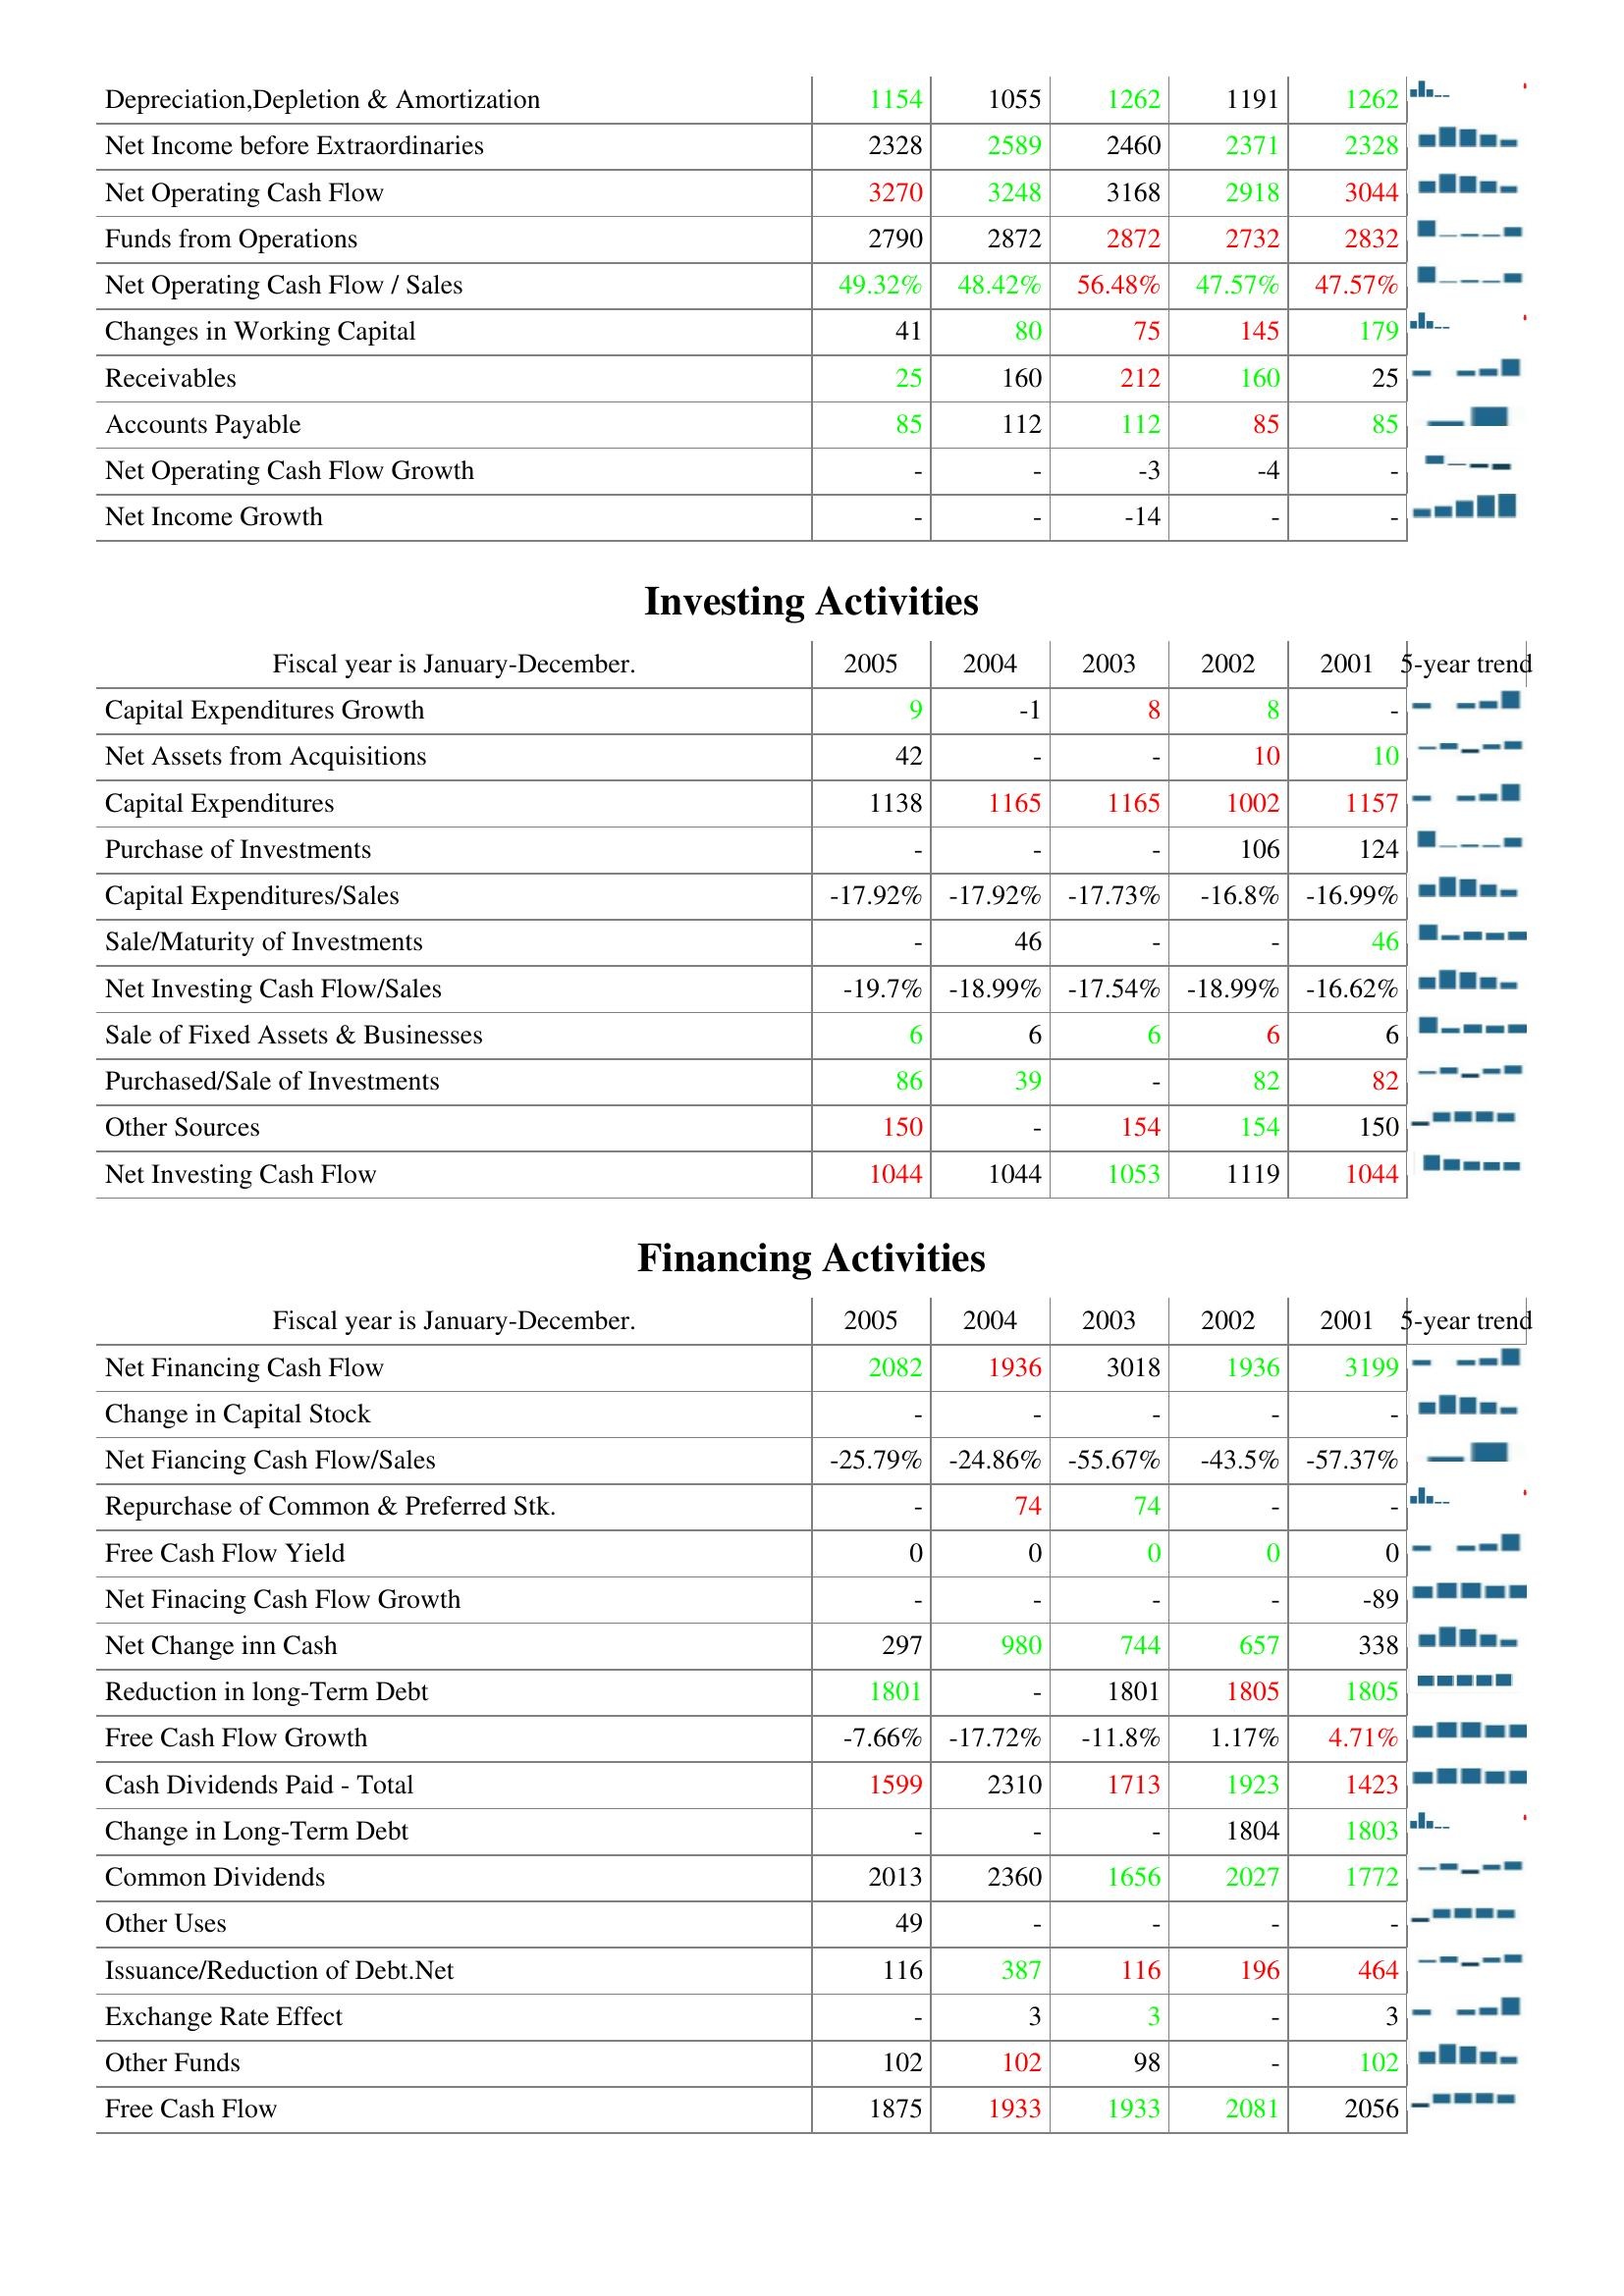
2005: Operating Activities: Depreciation,Depletion & Amortization: 1154
Net Income before Extraordinaries: 2328
Net Operating Cash Flow: 3270
Funds from Operations: 2790
Net Operating Cash Flow / Sales: 49.32%
Changes in Working Capital: 41
Receivables: 25
Accounts Payable: 85
Net Operating Cash Flow Growth: -
Net Income Growth: -
Investing Activities: Capital Expenditures Growth: 9
Net Assets from Acquisitions: 42
Capital Expenditures: 1138
Purchase of Investments: -
Capital Expenditures/Sales: -17.92%
Sale/Maturity of Investments: -
Net Investing Cash Flow/Sales: -19.7%
Sale of Fixed Assets & Businesses: 6
Purchased/Sale of Investments: 86
Other Sources: 150
Net Investing Cash Flow: 1044
Financing Activities: Net Financing Cash Flow: 2082
Change in Capital Stock: -
Net Fiancing Cash Flow/Sales: -25.79%
Repurchase of Common & Preferred Stk.: -
Free Cash Flow Yield: 0
Net Finacing Cash Flow Growth: -
Net Change inn Cash: 297
Reduction in long-Term Debt: 1801
Free Cash Flow Growth: -7.66%
Cash Dividends Paid - Total: 1599
Change in Long-Term Debt: -
Common Dividends: 2013
Other Uses: 49
Issuance/Reduction of Debt.Net: 116
Exchange Rate Effect: -
Other Funds: 102
Free Cash Flow: 1875
2004: Operating Activities: Depreciation,Depletion & Amortization: 1055
Net Income before Extraordinaries: 2589
Net Operating Cash Flow: 3248
Funds from Operations: 2872
Net Operating Cash Flow / Sales: 48.42%
Changes in Working Capital: 80
Receivables: 160
Accounts Payable: 112
Net Operating Cash Flow Growth: -
Net Income Growth: -
Investing Activities: Capital Expenditures Growth: -1
Net Assets from Acquisitions: -
Capital Expenditures: 1165
Purchase of Investments: -
Capital Expenditures/Sales: -17.92%
Sale/Maturity of Investments: 46
Net Investing Cash Flow/Sales: -18.99%
Sale of Fixed Assets & Businesses: 6
Purchased/Sale of Investments: 39
Other Sources: -
Net Investing Cash Flow: 1044
Financing Activities: Net Financing Cash Flow: 1936
Change in Capital Stock: -
Net Fiancing Cash Flow/Sales: -24.86%
Repurchase of Common & Preferred Stk.: 74
Free Cash Flow Yield: 0
Net Finacing Cash Flow Growth: -
Net Change inn Cash: 980
Reduction in long-Term Debt: -
Free Cash Flow Growth: -17.72%
Cash Dividends Paid - Total: 2310
Change in Long-Term Debt: -
Common Dividends: 2360
Other Uses: -
Issuance/Reduction of Debt.Net: 387
Exchange Rate Effect: 3
Other Funds: 102
Free Cash Flow: 1933
2003: Operating Activities: Depreciation,Depletion & Amortization: 1262
Net Income before Extraordinaries: 2460
Net Operating Cash Flow: 3168
Funds from Operations: 2872
Net Operating Cash Flow / Sales: 56.48%
Changes in Working Capital: 75
Receivables: 212
Accounts Payable: 112
Net Operating Cash Flow Growth: -3
Net Income Growth: -14
Investing Activities: Capital Expenditures Growth: 8
Net Assets from Acquisitions: -
Capital Expenditures: 1165
Purchase of Investments: -
Capital Expenditures/Sales: -17.73%
Sale/Maturity of Investments: -
Net Investing Cash Flow/Sales: -17.54%
Sale of Fixed Assets & Businesses: 6
Purchased/Sale of Investments: -
Other Sources: 154
Net Investing Cash Flow: 1053
Financing Activities: Net Financing Cash Flow: 3018
Change in Capital Stock: -
Net Fiancing Cash Flow/Sales: -55.67%
Repurchase of Common & Preferred Stk.: 74
Free Cash Flow Yield: 0
Net Finacing Cash Flow Growth: -
Net Change inn Cash: 744
Reduction in long-Term Debt: 1801
Free Cash Flow Growth: -11.8%
Cash Dividends Paid - Total: 1713
Change in Long-Term Debt: -
Common Dividends: 1656
Other Uses: -
Issuance/Reduction of Debt.Net: 116
Exchange Rate Effect: 3
Other Funds: 98
Free Cash Flow: 1933
2002: Operating Activities: Depreciation,Depletion & Amortization: 1191
Net Income before Extraordinaries: 2371
Net Operating Cash Flow: 2918
Funds from Operations: 2732
Net Operating Cash Flow / Sales: 47.57%
Changes in Working Capital: 145
Receivables: 160
Accounts Payable: 85
Net Operating Cash Flow Growth: -4
Net Income Growth: -
Investing Activities: Capital Expenditures Growth: 8
Net Assets from Acquisitions: 10
Capital Expenditures: 1002
Purchase of Investments: 106
Capital Expenditures/Sales: -16.8%
Sale/Maturity of Investments: -
Net Investing Cash Flow/Sales: -18.99%
Sale of Fixed Assets & Businesses: 6
Purchased/Sale of Investments: 82
Other Sources: 154
Net Investing Cash Flow: 1119
Financing Activities: Net Financing Cash Flow: 1936
Change in Capital Stock: -
Net Fiancing Cash Flow/Sales: -43.5%
Repurchase of Common & Preferred Stk.: -
Free Cash Flow Yield: 0
Net Finacing Cash Flow Growth: -
Net Change inn Cash: 657
Reduction in long-Term Debt: 1805
Free Cash Flow Growth: 1.17%
Cash Dividends Paid - Total: 1923
Change in Long-Term Debt: 1804
Common Dividends: 2027
Other Uses: -
Issuance/Reduction of Debt.Net: 196
Exchange Rate Effect: -
Other Funds: -
Free Cash Flow: 2081
2001: Operating Activities: Depreciation,Depletion & Amortization: 1262
Net Income before Extraordinaries: 2328
Net Operating Cash Flow: 3044
Funds from Operations: 2832
Net Operating Cash Flow / Sales: 47.57%
Changes in Working Capital: 179
Receivables: 25
Accounts Payable: 85
Net Operating Cash Flow Growth: -
Net Income Growth: -
Investing Activities: Capital Expenditures Growth: -
Net Assets from Acquisitions: 10
Capital Expenditures: 1157
Purchase of Investments: 124
Capital Expenditures/Sales: -16.99%
Sale/Maturity of Investments: 46
Net Investing Cash Flow/Sales: -16.62%
Sale of Fixed Assets & Businesses: 6
Purchased/Sale of Investments: 82
Other Sources: 150
Net Investing Cash Flow: 1044
Financing Activities: Net Financing Cash Flow: 3199
Change in Capital Stock: -
Net Fiancing Cash Flow/Sales: -57.37%
Repurchase of Common & Preferred Stk.: -
Free Cash Flow Yield: 0
Net Finacing Cash Flow Growth: -89
Net Change inn Cash: 338
Reduction in long-Term Debt: 1805
Free Cash Flow Growth: 4.71%
Cash Dividends Paid - Total: 1423
Change in Long-Term Debt: 1803
Common Dividends: 1772
Other Uses: -
Issuance/Reduction of Debt.Net: 464
Exchange Rate Effect: 3
Other Funds: 102
Free Cash Flow: 2056